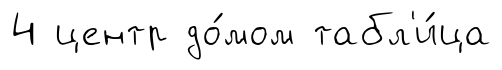
4 центр до́мом табл'и́ца